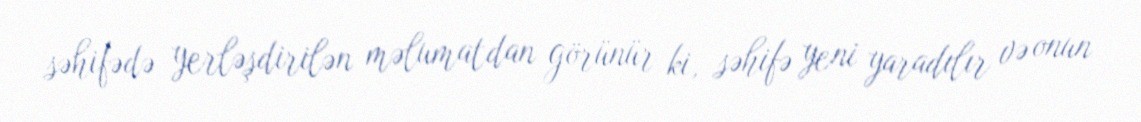
səhifədə yerləşdirilən məlumatdan görünür ki, səhifə yeni yaradılır və onun